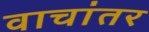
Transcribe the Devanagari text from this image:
वाचांतर